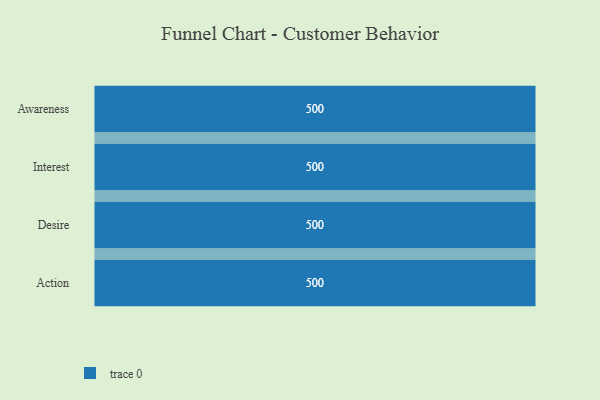
{"axis": {"x": "Stage", "y": "Value"}, "legend": [""], "data": [{"x": "Awareness", "y": 500, "type": ""}, {"x": "Interest", "y": 500, "type": ""}, {"x": "Desire", "y": 500, "type": ""}, {"x": "Action", "y": 500, "type": ""}]}